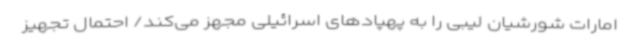
امارات شورشیان لیبی را به پهپادهای اسرائیلی مجهز می‌کند/ احتمال تجهیز